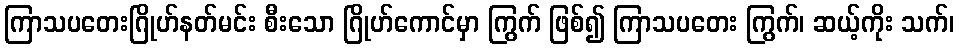
ကြာသပတေးဂြိုဟ်နတ်မင်း စီးသော ဂြိုဟ်ကောင်မှာ ကြွက် ဖြစ်၍ ကြာသပတေး ကြွက်၊ ဆယ့်ကိုး သက်၊